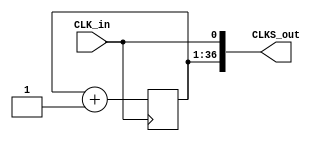
// Clocking
// Clock Divider by Powers of 2 (Table of frequencies and periods at EOF)
module Clock_Div
	#(parameter SIZE = 36)	// divides by 2^i for i = 0 to i = 36
	(CLK_in, CLKS_out);
	input CLK_in;
	output [SIZE:0] CLKS_out;
	
	reg [SIZE:1] Counter;
	initial Counter = 'd0;
	
	always @(posedge CLK_in)
		Counter <= Counter + 1;

	assign CLKS_out = {Counter, CLK_in};
endmodule


/* Clock fequency and period
   at various taps of CLKS_OUT

	              Frequency		   Period
______________________________________
CLOCK_50[0]     50.00	MHz	    20.00	ns
CLKS_out[1]     25.00	MHz     40.00	ns
CLKS_out[2]	    12.50	MHz     80.00	ns
CLKS_out[3]      6.25	MHz    160.00	ns
CLKS_out[4]      3.13	MHz    320.00	ns
CLKS_out[5]	     1.56	MHz	   640.00	ns
CLKS_out[6]	   781.25	KHz	     1.28	us
CLKS_out[7]	   390.63	KHz	     2.56	us
CLKS_out[8]	   195.31	KHz	     5.12 us
CLKS_out[9]	    97.66	KHz	    10.24	us
CLKS_out[10]    48.83	KHz	    20.48	us
CLKS_out[11]	  24.41	KHz	    40.96	us
CLKS_out[12]	  12.21	KHz	    81.92	us
CLKS_out[13]	   6.10	KHz	   163.84	us
CLKS_out[14]	   3.05	KHz	   327.68	us
CLKS_out[15]	   1.53	KHz	   655.36	us
CLKS_out[16]   762.94	Hz	     1.31	ms
CLKS_out[17]	 381.47	Hz	     2.62	ms
CLKS_out[18]	 190.73	Hz	     5.24	ms
CLKS_out[19]	  95.37	Hz	    10.49	ms
CLKS_out[20]	  47.68	Hz	    20.97	ms
CLKS_out[21]	  23.84	Hz      41.94	ms
CLKS_out[22]	  11.92	Hz	    83.89	ms
CLKS_out[23]	   5.96	Hz	   167.77	ms
CLKS_out[24]	   2.98	Hz	   335.54	ms
CLKS_out[25]	   1.49	Hz     671.09	ms
CLKS_out[26]   745.06	milliHz	 1.34	sec
CLKS_out[27]	 372.53	milliHz	 2.68	sec
CLKS_out[28]	 186.26	milliHz	 5.37	sec
CLKS_out[29]	  93.13	milliHz	10.74	sec
CLKS_out[30]	  46.57	milliHz	21.47	sec
CLKS_out[31]	  23.28	milliHz	42.95	sec
CLKS_out[32]	  11.64	milliHz	 1.43	min
CLKS_out[33]	  5.82	milliHz	 2.86	min
CLKS_out[34]	  2.91	milliHz	 5.73	min
CLKS_out[35]	  1.46	milliHz	11.45	min
CLKS_out[36]	  0.73  milliHz	22.91	min
*/